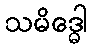
သမိဒ္ဓေါ